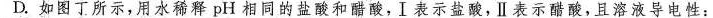
D.如图丁所示，用水稀释pH相同的盐酸和醋酸，Ⅰ表示盐酸，Ⅱ表示醋酸，且溶液导电性：